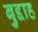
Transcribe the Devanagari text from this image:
बुद्दाह